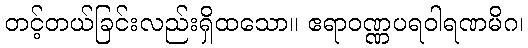
တင့်တယ်ခြင်းလည်းရှိထသော။ ဧရာဝဏ္ဏပရဝါရဏမိဂ၊